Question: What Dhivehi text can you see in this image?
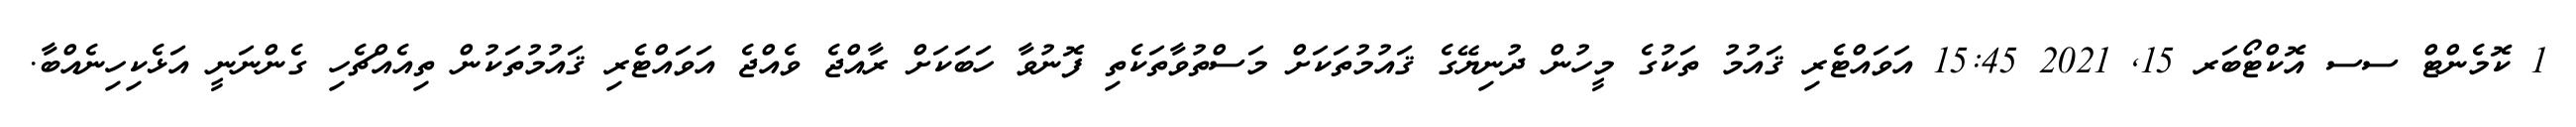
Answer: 1 ކޮމެންޓް ސސ އޮކްޓޯބަރ 15, 2021 15:45 އަވައްޓެރި ޤައުމު ތަކުގެ މީހުން ދުނިޔޭގެ ޤައުމުތަކަށް މަސްތުވާތަކެތި ފޮނުވާ ހަބަކަށް ރާއްޖެ ވެއްޖެ އަވައްޓެރި ޤައުމުތަކުން ތިއެއްޗެހި ގެންނަނީ އަޅެކިހިނެއްބާ.